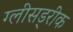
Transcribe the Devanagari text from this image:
ग्लीसड्रीक